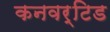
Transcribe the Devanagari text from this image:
कनवर्टिड